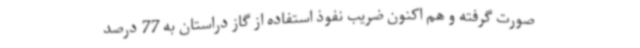
صورت گرفته و هم اکنون ضریب نفوذ استفاده از گاز دراستان به 77 درصد